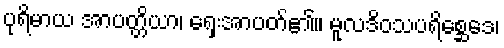
ပုရိမာယ အာပတ္တိယာ၊ ရှေးအာပတ်၏။ မူလဒိဝသပရိစ္ဆေဒေ၊